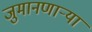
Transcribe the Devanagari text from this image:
जुमानणाऱ्या